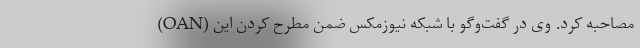
(OAN) مصاحبه کرد. وی در گفت‌وگو با شبکه نیوزمکس ضمن مطرح کردن این